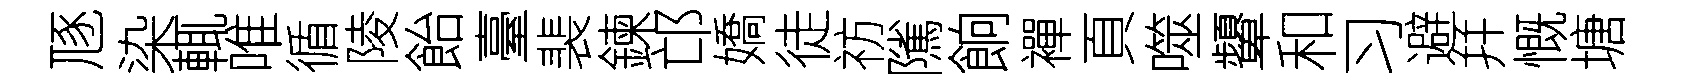
豗染輒唯循陵飴臺裴鍊邙嬌徒祊隲餉襌頁噬顰和习避幷慨塘